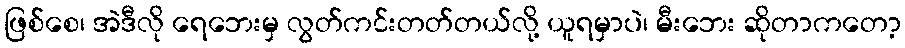
ဖြစ်စေ၊ အဲဒီလို ရေဘေးမှ လွတ်ကင်းတတ်တယ်လို့ ယူရမှာပဲ၊ မီးဘေး ဆိုတာကတော့